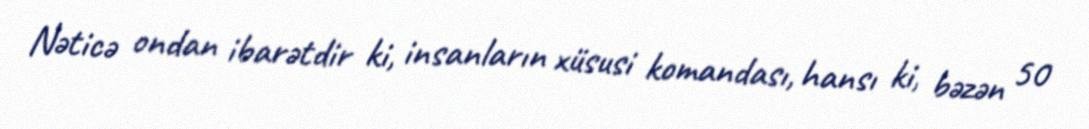
Nəticə ondan ibarətdir ki, insanların xüsusi komandası, hansı ki, bəzən 50